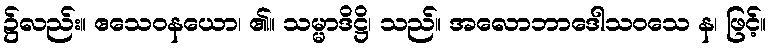
၌လည်း။ ဧသေဝနယော၊ ၏။ သမ္မာဒိဋ္ဌိ၊ သည်။ အလောဘာဒေါသဝသေ န၊ ဖြင့်။